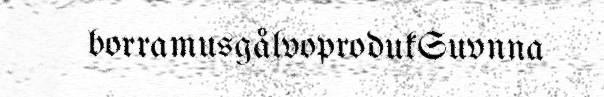
borramusgålvoprodukSuvnna